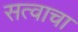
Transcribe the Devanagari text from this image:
सत्वाचा